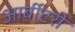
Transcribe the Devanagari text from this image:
आर्बीटरी